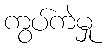
ကွပ်ကဲမှု